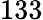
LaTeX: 133